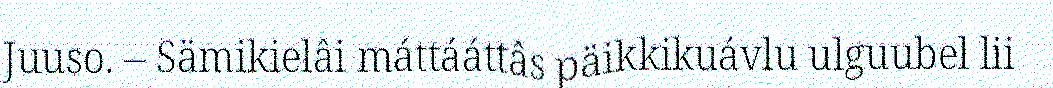
Juuso. – Sämikielâi máttááttâs päikkikuávlu ulguubel lii